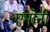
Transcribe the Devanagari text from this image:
एमोनी